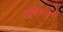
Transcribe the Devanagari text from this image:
वांशिकतेनुसार